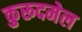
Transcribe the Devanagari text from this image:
कुरूदमेल